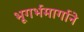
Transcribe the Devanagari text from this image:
भूगर्भमार्गाने